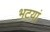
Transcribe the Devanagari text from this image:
भटयां